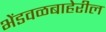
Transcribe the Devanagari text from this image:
भेंडवळबाहेरील